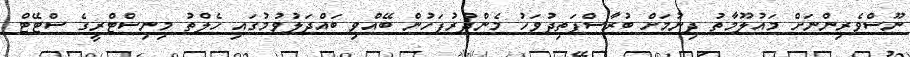
ނޫސްވެރިންނަށް މައުލޫމާތު ދިނުމަށް ބުރާސްފަތިދުވަހު މެންދުރުފަހުން ބޭއްވި ބައްދަލުވުމުގައި ހެލްތު މިނިސްޓްރީގެ ސްޓޭޓް